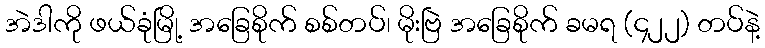
အဲဒါကို ဖယ်ခုံမြို့ အခြေစိုက် စစ်တပ်၊ မိုးဗြဲ အခြေစိုက် ခမရ (၄၂၂) တပ်နဲ့